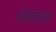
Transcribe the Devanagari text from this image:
ॲफ्लेकला